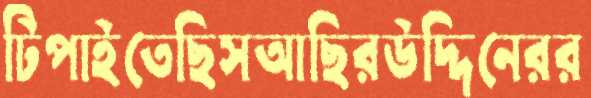
টিপাইতেছিসআছিরউদ্দিনেরর